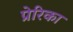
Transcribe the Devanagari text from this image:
प्रेरिका